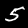
Digit: 5